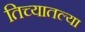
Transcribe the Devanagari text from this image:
तिच्यातल्या